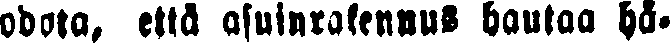
odota, että asuinrakennus hautaa hä-